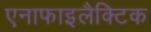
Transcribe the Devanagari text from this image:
एनाफाइलैक्टिक